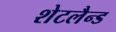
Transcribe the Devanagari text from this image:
शेटलैन्ड